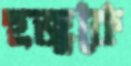
হুজুকে